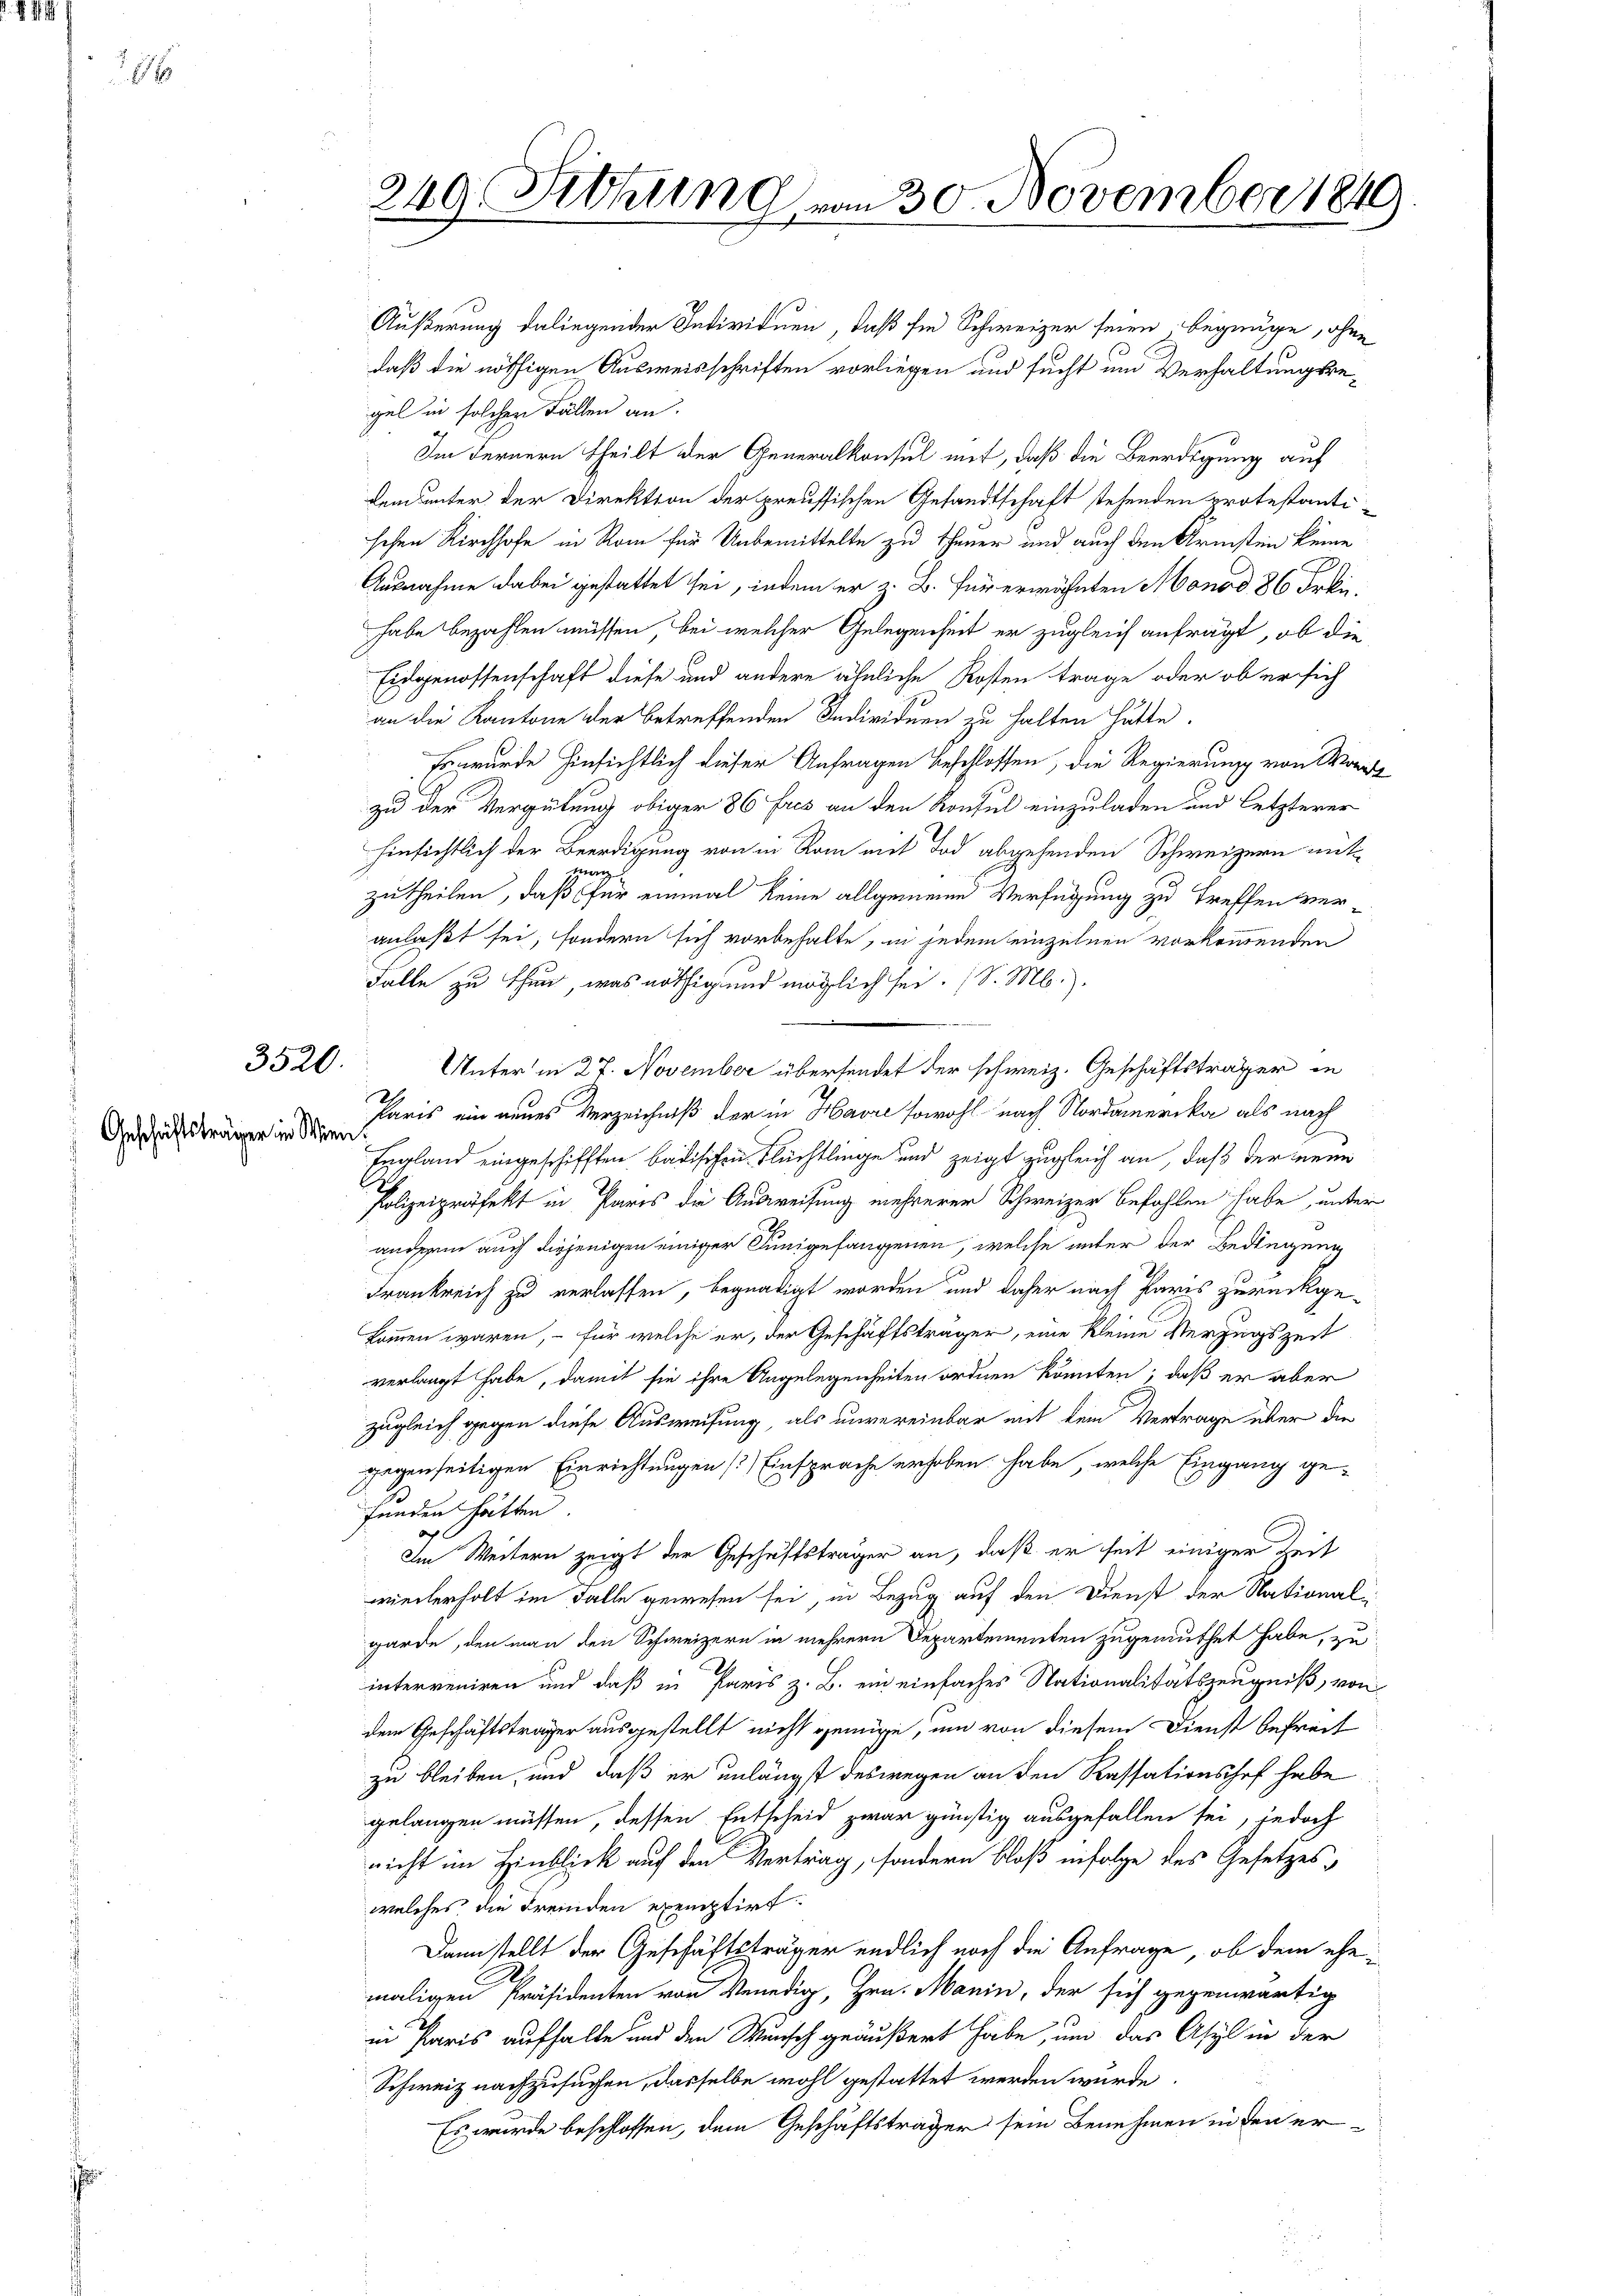
3520.
Geschäftsträger in Wien

240. Febrund vom 30. November 184

Äußerung daliegender Individuen, daß sie Schweizer seien begnüge, ohne
daß die nöthigen Ausweisschriften vorliegen und sucht um Verhaltungsregel in solchen Fällen an.
Im Fernern theilt der Generalkonsul mit, daß die Beerdigung auf
dem unter der Direktion der preussischen Gesandtschaft stehenden protestanti-
schen Kirchhofe in Rom für Unbemittelte zu theuer und auch den Armsten keine
Ausnahme dabei gestattet sei, indem er z. B. für erwähnten Monod 86 Frkn.
habe bezahlen müssen, bei welcher Gelegenheit er zugleich anfragt, ob die
Eidgenossenschaft diese und andere ähnliche Kosten trage oder ob er sich
an die Kantone der betreffenden Individuen zu halten hätte.
Es wurde hinsichtlich dieser Anfragen beschlossen, die Regierung von Worte
zu der Vergütung obiger 86 fres an den Konsul einzuladen und letzterer
hinsichtlich der Beerdigung von in Rom mit Tod abgehenden Schweizern mitzwar
zutheilen, daß für einmal keine allgemeine Verfügung zu treffen veranlaßt sei, sondern sich vorbehalte, in jedem einzelnen vorkommenden
Falle zu thun, was nöthig und möglich sei. (S. M.).
Unter in 27. November übersendet der schweiz. Geschäftsträger in
Paris ein neues Verzeichniß der in Havre sowohl nach Nordamerika als nach
England eingeschifften badischen Flüchtlinge und zeigt zugleich an, daß der neue
Polizeipräfekt in Paris die Ausweisung mehrerer Schweizer befahlen habe, unter
anderen auch diejenigen einiger Jungefangenen, welche unter der Bedingung
Frankreich zu verlassen, begnadigt worden und daher nach Paris zurückge-
kommen wären, – für welche er, der Geschäftsträger, eine kleine Verzugszeit
verlangt habe, damit sie ihre Angelegenheiten ordnen könnten; daß er aber
zugleich gegen diese Ausweisung, als unvereinbar mit dem Vertrage über die
gegenseitigen Einrichtungen [Einsprache erhoben habe, welche Eingang gefunden hätten.
Im Weitern zeigt der Geschäftsträger an, daß er seit einiger Zeit
wiederholt im Falle gewesen sei, in Bezug auf den Dienst der Nationalgarde, den man den Schweizern in mehrern Departementen zugemuthet habe, zu
interveniren und daß in Paris z. B. ein einfaches Nationalitätszeugniß, von
dem Geschäftsträger ausgestellt nicht genüge, um von diesem Dienst befreit
zu bleiben, und daß er unlängst deswegen an den Kassationshof habe
gelangen müssen, dessen Entscheid zwar günstig ausgefallen sei, jedoch
nicht im Einblick auf den Vertrag, sondern bloß infolge des Gesetzes,
welches, die Fremden exemptirt.
Dann stellt der Geschäftsträger endlich noch die Anfrage, ob dem ehemaligen Präsidenten von Venedig, Hrn. Manin, der sich gegenwärtig
in Paris aufhalte und den Wunsch geäußert habe, und das Asyl in der
Schweiz nachzusuchen, dasselbe wohl gestattet werden würde.
Es wurde beschlossen, dem Geschäftsträger sein Benehmen in den er¬

9